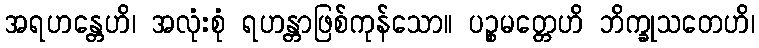
အရဟန္တေဟိ၊ အလုံးစုံ ရဟန္တာဖြစ်ကုန်သော။ ပဉ္စမတ္တေဟိ ဘိက္ခုသတေဟိ၊